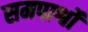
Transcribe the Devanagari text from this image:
समपार्श्वों